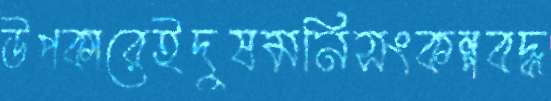
উপকারেইদুষমনিসংকল্পবদ্ধ